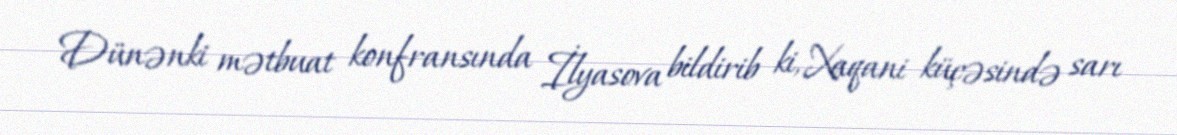
Dünənki mətbuat konfransında İlyasova bildirib ki, Xaqani küçəsində sarı